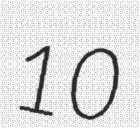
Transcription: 10